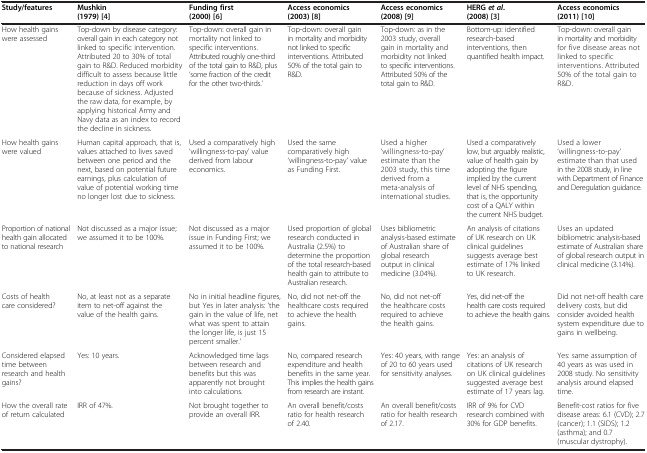
<table><thead><tr><td><b>Study/features</b></td><td><b>Mushkin (1979) [[4]]</b></td><td><b>Funding first (2000) [[6]]</b></td><td><b>Access economics (2003) [[8]]</b></td><td><b>Access economics (2008) [[9]]</b></td><td><b>HERG <i>et al. </i>(2008) [[3]]</b></td><td><b>Access economics (2011) [[10]]</b></td></tr></thead><tbody><tr><td>How health gains were assessed</td><td>Top-down by disease category: overall gain in each category not linked to specific intervention. Attributed 20 to 30% of total gain to R&amp;D. Reduced morbidity difficult to assess because little reduction in days off work because of sickness. Adjusted the raw data, for example, by applying historical Army and Navy data as an index to record the decline in sickness.</td><td>Top-down: overall gain in mortality not linked to specific interventions. Attributed roughly one-third of the total gain to R&amp;D, plus ‘some fraction of the credit for the other two-thirds.’</td><td>Top-down: overall gain in mortality and morbidity not linked to specific interventions. Attributed 50% of the total gain to R&amp;D.</td><td>Top-down: as in the 2003 study, overall gain in mortality and morbidity not linked to specific interventions. Attributed 50% of the total gain to R&amp;D.</td><td>Bottom-up: identified research-based interventions, then quantified health impact.</td><td>Top-down: overall gain in mortality and morbidity for five disease areas not linked to specific interventions. Attributed 50% of the total gain to R&amp;D.</td></tr><tr><td>How health gains were valued</td><td>Human capital approach, that is, values attached to lives saved between one period and the next, based on potential future earnings, plus calculation of value of potential working time no longer lost due to sickness.</td><td>Used a comparatively high ‘willingness-to-pay’ value derived from labour economics.</td><td>Used the same comparatively high ‘willingness-to-pay’ value as Funding First.</td><td>Used a higher ‘willingness-to-pay’ estimate than the 2003 study, this time derived from a meta-analysis of international studies.</td><td>Used a comparatively low, but arguably realistic, value of health gain by adopting the figure implied by the current level of NHS spending, that is, the opportunity cost of a QALY within the current NHS budget.</td><td>Used a lower ‘willingness-to-pay’ estimate than that used in the 2008 study, in line with Department of Finance and Deregulation guidance.</td></tr><tr><td>Proportion of national health gain allocated to national research</td><td>Not discussed as a major issue; we assumed it to be 100%.</td><td>Not discussed as a major issue in Funding First; we assumed it to be 100%.</td><td>Used proportion of global research conducted in Australia (2.5%) to determine the proportion of the total research-based health gain to attribute to Australian research.</td><td>Uses bibliometric analysis-based estimate of Australian share of global research output in clinical medicine (3.04%).</td><td>An analysis of citations of UK research on UK clinical guidelines suggests average best estimate of 17% linked to UK research.</td><td>Uses an updated bibliometric analysis-based estimate of Australian share of global research output in clinical medicine (3.14%).</td></tr><tr><td>Costs of health care considered?</td><td>No, at least not as a separate item to net-off against the value of the health gains.</td><td>No in initial headline figures, but Yes in later analysis: ‘the gain in the value of life, net what was spent to attain the longer life, is just 15 percent smaller.’</td><td>No, did not net-off the healthcare costs required to achieve the health gains.</td><td>No, did not net-off the healthcare costs required to achieve the health gains.</td><td>Yes, did net-off the health care costs required to achieve the health gains.</td><td>Did not net-off health care delivery costs, but did consider avoided health system expenditure due to gains in wellbeing.</td></tr><tr><td>Considered elapsed time between research and health gains?</td><td>Yes: 10 years.</td><td>Acknowledged time lags between research and benefits but this was apparently not brought into calculations.</td><td>No, compared research expenditure and health benefits in the same year. This implies the health gains from research are instant.</td><td>Yes: 40 years, with range of 20 to 60 years used for sensitivity analyses.</td><td>Yes: an analysis of citations of UK research on UK clinical guidelines suggested average best estimate of 17 years lag.</td><td>Yes: same assumption of 40 years as was used in 2008 study. No sensitivity analysis around elapsed time.</td></tr><tr><td>How the overall rate of return calculated</td><td>IRR of 47%.</td><td>Not brought together to provide an overall IRR.</td><td>An overall benefit/costs ratio for health research of 2.40.</td><td>An overall benefit/costs ratio for health research of 2.17.</td><td>IRR of 9% for CVD research combined with 30% for GDP benefits.</td><td>Benefit-cost ratios for five disease areas: 6.1 (CVD); 2.7 (cancer); 1.1 (SIDS); 1.2 (asthma); and 0.7 (muscular dystrophy).</td></tr></tbody></table>